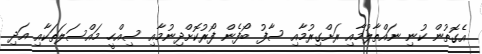
އެގޮތުން ކުނި ނައްތާލުމާއި ރަށްގިރުމާއި ސާފު ބޯފެން ފޯރުކޮށްދިނުމާއި ސިއްހީ މައްސަލަތަކާއި އަދި